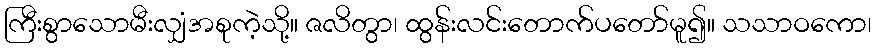
ကြီးစွာသောမီးလျှံအစုကဲ့သို့။ ဇလိတွာ၊ ထွန်းလင်းတောက်ပတော်မူ၍။ သသာဝကော၊